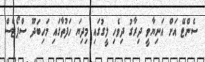
ސެންޓޭ އަށް އަނިޔާވީ ދިރާގު ދިވެހި ލީގުގައި މިދިޔަ ހަފުތާގައި މަހިބަދޫ ސްޕޯޓްސް